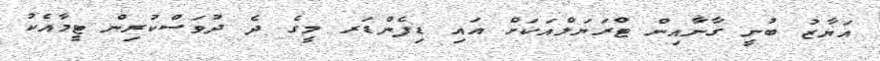
އަޔާޒު ބުނީ ގާނާއިން ޓްރަޔަލްއަކަށް އައި ޑިފެންޑަރ މީގެ ދެ ދުވަސްކުރިން ޓީމާއެކު